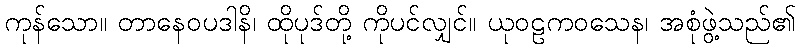
ကုန်သော။ တာနေဝပဒါနိ၊ ထိုပုဒ်တို့ ကိုပင်လျှင်။ ယုဝဠကဝသေန၊ အစုံဖွဲ့သည်၏